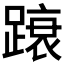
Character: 𲃿